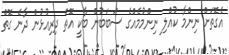
އެގޮތަށް ނިންމާ ކުއްލި ނިންމުމެއްގެ ސަބަބުން ބާކީ އޮތް ދިރިއުޅުން ދާނެ ގޮތް